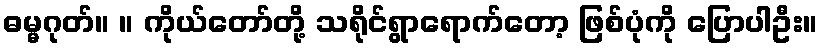
ဓမ္မဂုတ်။ ။ ကိုယ်တော်တို့ သရိုင်ရွာရောက်တော့ ဖြစ်ပုံကို ပြောပါဦး။